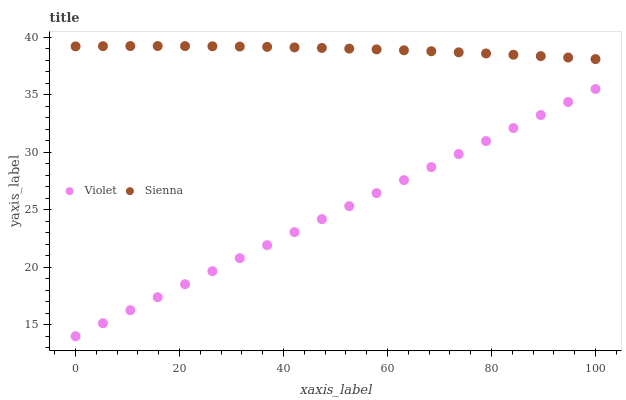
| xaxis_label | Violet | Sienna |
 | --- | --- | --- |
 | 0 | 14 | 39.2 |
 | 5.26 | 15.1 | 39.2 |
 | 10.5 | 16.3 | 39.2 |
 | 15.8 | 17.4 | 39.2 |
 | 21.1 | 18.5 | 39.2 |
 | 26.3 | 19.7 | 39.2 |
 | 31.6 | 20.8 | 39.2 |
 | 36.8 | 21.9 | 39.2 |
 | 42.1 | 23.1 | 39.1 |
 | 47.4 | 24.2 | 39.1 |
 | 52.6 | 25.3 | 39 |
 | 57.9 | 26.5 | 38.9 |
 | 63.2 | 27.6 | 38.9 |
 | 68.4 | 28.7 | 38.8 |
 | 73.7 | 29.8 | 38.7 |
 | 78.9 | 31 | 38.6 |
 | 84.2 | 32.1 | 38.5 |
 | 89.5 | 33.2 | 38.4 |
 | 94.7 | 34.4 | 38.2 |
 | 100 | 35.5 | 38.1 |